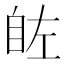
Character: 𮍗